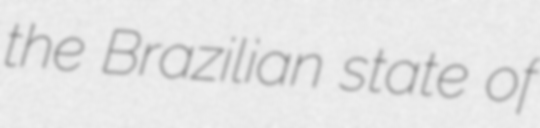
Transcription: the Brazilian state of